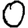
Digit: 0